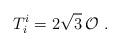
LaTeX: \begin{align*} T^i_i =2\sqrt{3}\,\mathcal{O}~.\end{align*}